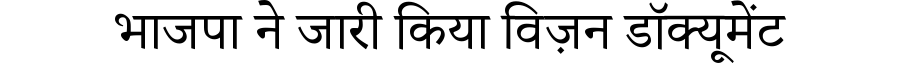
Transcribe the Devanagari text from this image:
भाजपा ने जारी किया विज़न डॉक्यूमेंट